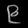
Digit: ၉